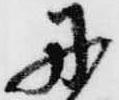
丹